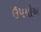
ઉપયોઅ